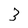
Character: 3